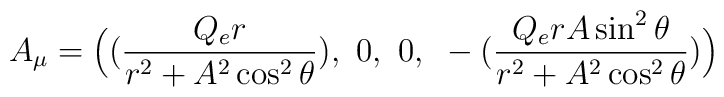
A_{\mu} = \Bigl(\bigl( {Q_e r \over r^2 + A^2 \cos^2 \theta}\bigr),~0,~0,{}~-\bigl( {Q_e r A\sin^2 \theta \over r^2 + A^2 \cos^2 \theta}\bigr) \Bigr)